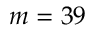
m = 3 9